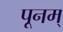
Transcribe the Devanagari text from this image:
पूनम्